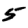
Digit: 5